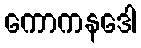
ကောကနဒေါ